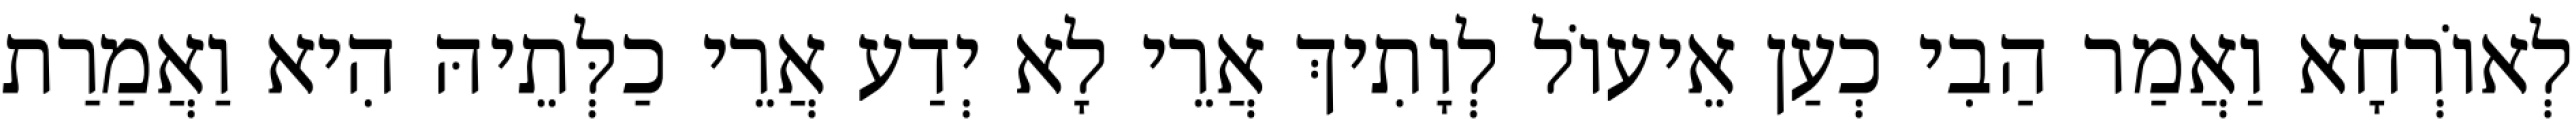
לְאוֹרְחָא וַאֲמַר הַבִי כְעַן אֵיעוֹל לְוָתִיךְ אֲרֵי לָא יְדַע אֲרֵי כַלְּתֵיהּ הִיא וַאֲמַרַת